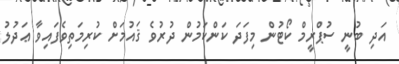
އަދި ބުނީ ސުޕްރީމް ކޯޓުން މިފަދަ ކަންކަމުން ދުރުވެ ޤައުމަށް ކުރިމަތިވެފައިވާ ޢަދުލު